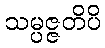
သမ္ပဇ္ဇတိပိ